Annual report on the mental hospital in the Central Provinces and Berar (Nagpur) - 1927-1951
Year: 1927
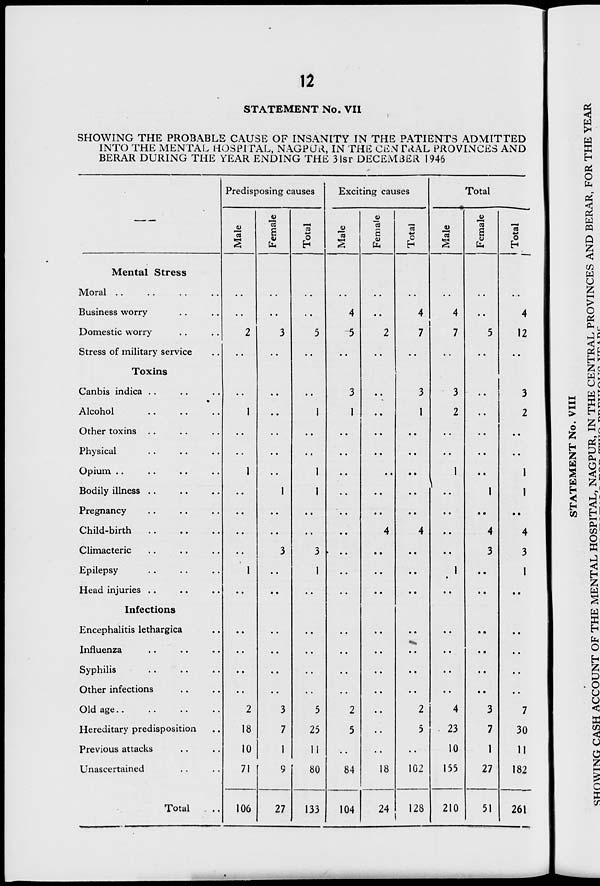
12
STATEMENT No. VII
SHOWING THE PROBABLE CAUSE OF INSANITY IN THE PATIENTS ADMITTED
INTO THE MENTAL HG8PI TAL, NAGPUA, IN THE CENTRAL PROVINCES AND
BERAR DURING THE YEAR ENDING THE 31ST DECEM3ER 1946
Mental Stress
Moral
Business worry
Domestic worry
Stress of military service
Toxins
Canbis indica
Alcohol
Other toxins
Physical
Opium . .
Bodily illness
Pregnancy
Child-birth
Climacteric
Epilepsy
Head injuries
Infections
Encephalitis lethargica
Influenza
Syphilis
Other infections
Old age
Hereditary predisposition
Previous attacks
Unascertained
Total
Predisposing causes
"oj
2
18
10
71
106
a
to
1
9
27
03
3
1
5
25
11
80
133
Exciting causes
2
5
84
104
03
£
to
8
24
03
o
4
7
3
1
2
5
102
128
Total
.22
*c3
4
7
3
2
4
23
10
155
210
s
to
3
7
1
27
51
03
*-»
O
4
12
3
2
4
3
7
30
11
182
261
p
s p
o
to
w
PQ
Q
s
CO
w
o
o
H
w
H
<:
H
CO